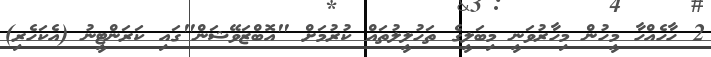
2 ހާހެއްހާ މީހުން މިހާރުވަނީ މިބަލީގެ ތަހުލީލުތައް ކުރުމަށް "އޮބްޒަވޭޝަން"ގައި ކަރަންޓީނު (އެކަހެރި)